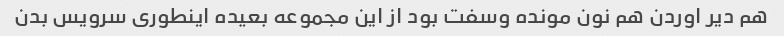
هم‌ دیر‌ اوردن هم نون مونده و‌سفت بود از این مجموعه بعیده اینطوری‌ سرویس بدن